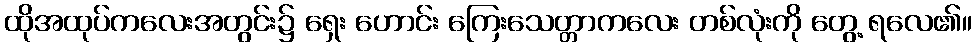
ထိုအထုပ်ကလေးအတွင်း၌ ရှေး ဟောင်း ကြေးသေတ္တာကလေး တစ်လုံးကို တွေ့ ရလေ၏။